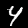
Digit: 4